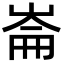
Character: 崙